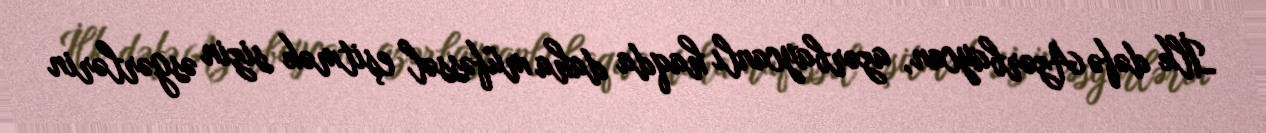
İlk dəfə Azərbaycan, azərbaycanlı haqda daha müfəssəl eşitmək sizin əsgərlərin